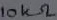
Text: 10kΩ